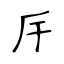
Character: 厈